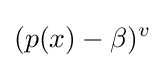
(p(x)-\beta )^{v}